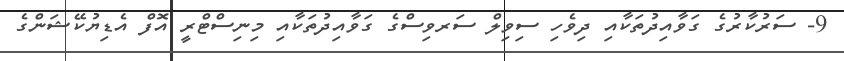
9- ސަރުކާރުގެ ގަވާއިދުތަކާއި ދިވެހި ސިވިލް ސަރވިސްގެ ގަވާއިދުތަކާއި މިނިސްޓްރީ އޮފް އެޑިޔުކޭޝަންގެ